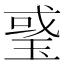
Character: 𤦂